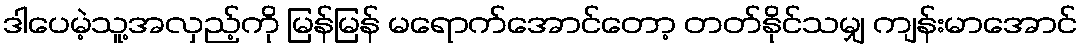
ဒါပေမဲ့သူ့အလှည့်ကို မြန်မြန် မရောက်အောင်တော့ တတ်နိုင်သမျှ ကျန်းမာအောင်